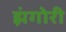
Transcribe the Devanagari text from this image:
झंगोरी